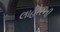
લાહોરની